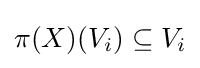
\pi (X)(V_{i})\subseteq V_{i}